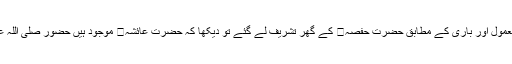
حضور صلی اللہ علیہ وسلم معمول اور باری کے مطابق حضرت حفصہ کے گھر تشریف لے گئے تو دیکھا کہ حضرت عائشہ موجود ہیں حضور صلی اللہ علیہ وسلم نے فرمایا: تم کہاں؟